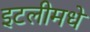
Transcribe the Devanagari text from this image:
इटलीमधे